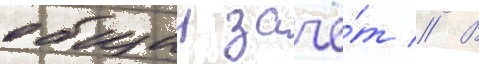
общии зачё́т // В